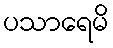
ပသာရေမိ